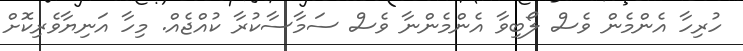
ހުރިހާ އެންމެން ވެސް ލޯބިވާ އެންމެންނާ ވެސް ސަމާސާކުރާ ކުއްޖެއް. މިހާ އަނިޔާވެރިކޮށް